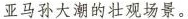
亚马孙大潮的壮观场景。